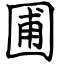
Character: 圃